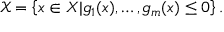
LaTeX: { \mathcal { X } } = \left\{ x \in X \vert g _ { 1 } ( x ) , \ldots , g _ { m } ( x ) \leq 0 \right\} .